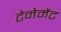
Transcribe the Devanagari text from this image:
टेनेमेंट